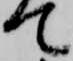
て